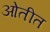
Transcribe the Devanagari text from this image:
ओतीत